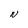
Character: N